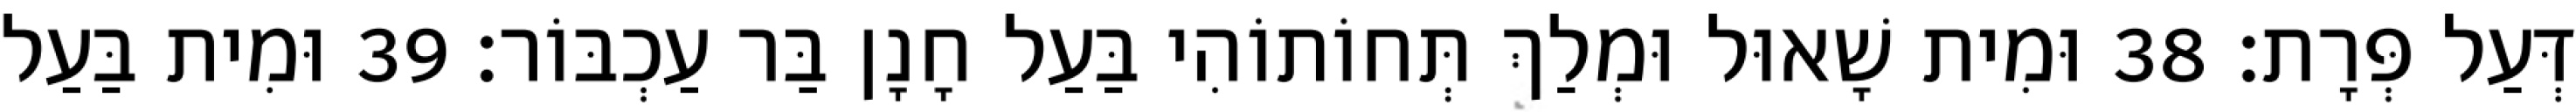
דְּעַל פְּרָת׃ 38 וּמִית שָׁאוּל וּמְלַךְ תְּחוֹתוֹהִי בַּעַל חָנָן בַּר עַכְבּוֹר׃ 39 וּמִית בַּעַל